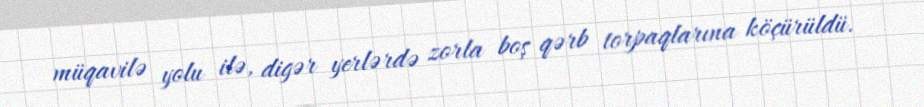
müqavilə yolu ilə, digər yerlərdə zorla boş qərb torpaqlarına köçürüldü.